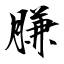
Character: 膁